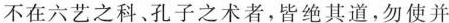
不在六艺之科﹑孔子之术者，皆绝其道，勿使并